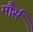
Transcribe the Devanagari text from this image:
मौर्स